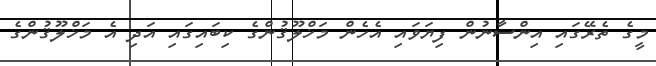
މީގެ ތެރޭގައި އިންސާނުން ފިޔަވައި އެހެން މަޚްލޫޤުންގެ ކިބައިގައި އަދި އެ މަޚްލޫޤުންގެ